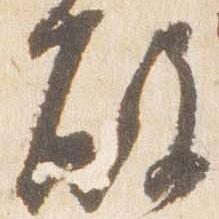
殿